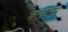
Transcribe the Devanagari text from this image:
क्लाव्स